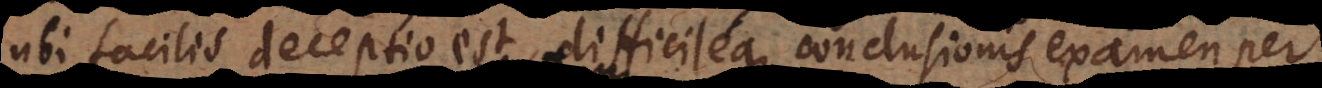
ubi facilis deceptio est, difficileque conclusionis examen pe